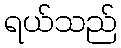
ရယ်သည်